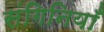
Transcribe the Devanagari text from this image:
संगिनियाँ